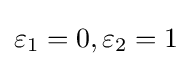
\varepsilon _{1}=0,\varepsilon _{2}=1